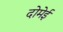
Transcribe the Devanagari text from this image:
दोमेई